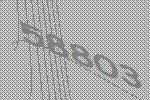
58803